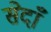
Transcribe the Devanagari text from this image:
सेदाँ